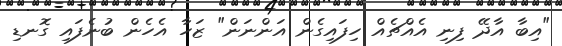
"އިބާ އާދޭ ފިނި އެއްޗެއް ހިފައިގެން އަންނަން" ޒަހާ އެހެން ބުނެފައި ގޮނޑި